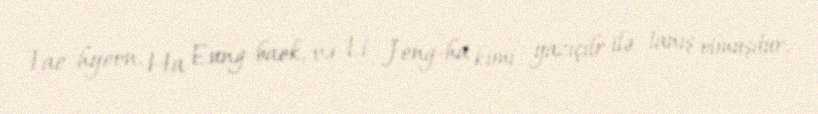
Tae-hyeon, Ha Eung-baek, və Li Jeng-ha kimi yazıçılr ilə tanış olmuşdur.